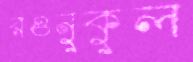
রওনুকুল